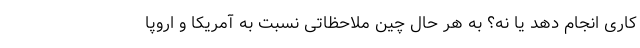
کاری انجام دهد یا نه؟ به هر حال چین ملاحظاتی نسبت به آمریکا و اروپا